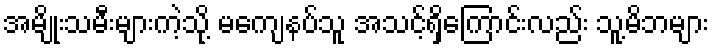
အမျိုးသမီးများကဲ့သို့ မကျေနပ်သူ အသင့်ရှိကြောင်းလည်း သူ့မိဘများ